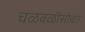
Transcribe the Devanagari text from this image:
चळवळींसोबत